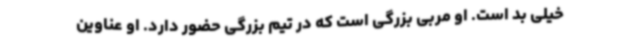
خیلی بد است. او مربی بزرگی است که در تیم بزرگی حضور دارد. او عناوین